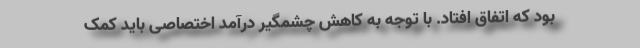
بود که اتفاق افتاد. با توجه به کاهش چشمگیر درآمد اختصاصی باید کمک